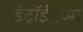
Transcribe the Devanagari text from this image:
डेट्रॉईटच्या